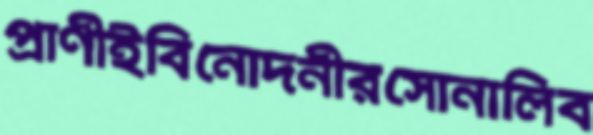
প্রাণীইবিনোদনীরসোনালিব